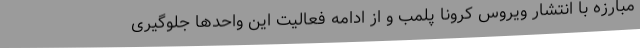
مبارزه با انتشار ویروس کرونا پلمب و از ادامه فعالیت این واحدها جلوگیری